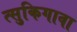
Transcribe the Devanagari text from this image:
त्सुकिगावा